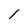
Character: 1